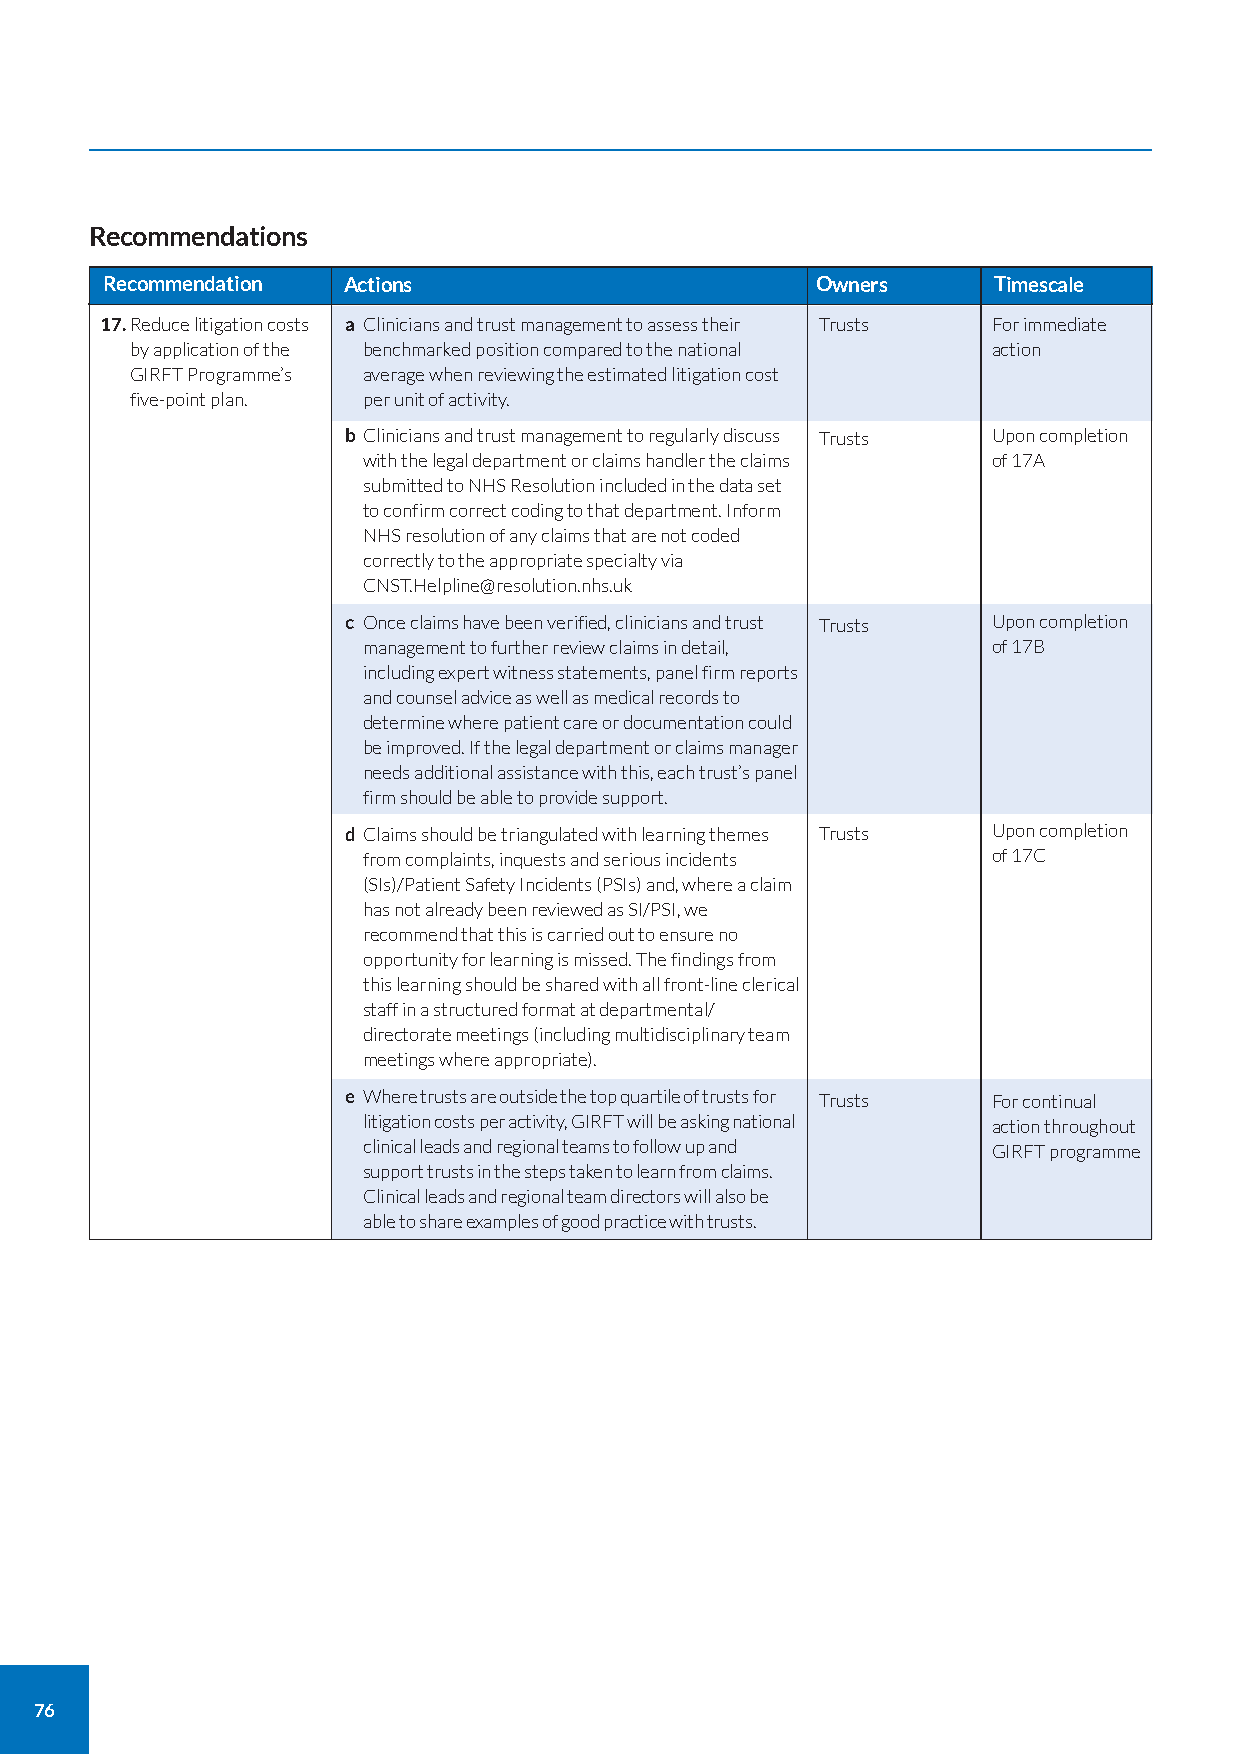
Recommendations
 Recommendation  Actions                        Owners      Timescale
 17.Reduce litigation costs a Clinicians and trust management to assess their Trusts For immediate
 by application of the benchmarked position compared to the national action
 GIRFT Programme’s average when reviewing the estimated litigation cost
 five-point plan. per unit of activity.
 b Clinicians and trust management to regularly discuss Trusts Upon completion
 with the legal department or claims handler the claims of 17A
 submitted to NHS Resolution included in the data set
 to confirm correct coding to that department. Inform
 NHS resolution of any claims that are not coded
 correctly to the appropriate specialty via
 CNST.Helpline@resolution.nhs.uk
 c Once claims have been verified, clinicians and trust Trusts Upon completion
 management to further review claims in detail, of 17B
 including expert witness statements, panel firm reports
 and counsel advice as well as medical records to
 determine where patient care or documentation could
 be improved. If the legal department or claims manager
 needs additional assistance with this, each trust’s panel
 firm should be able to provide support.
 d Claims should be triangulated with learning themes Trusts Upon completion
 from complaints, inquests and serious incidents of 17C
 (SIs)/Patient Safety Incidents (PSIs) and, where a claim
 has not already been reviewed as SI/PSI, we
 recommend that this is carried out to ensure no
 opportunity for learning is missed. The findings from
 this learning should be shared with all front-line clerical
 staff in a structured format at departmental/
 directorate meetings (including multidisciplinary team
 meetings where appropriate).
 e Where trusts are outside the top quartile of trusts for Trusts For continual
 litigation costs per activity, GIRFT will be asking national action throughout
 clinical leads and regional teams to follow up and GIRFT programme
 support trusts in the steps taken to learn from claims.
 Clinical leads and regional team directors will also be
 able to share examples of good practice with trusts.
 76